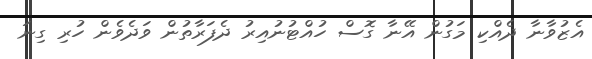
އެޒުވާނާ ދެއްކި މަގުން އޭނާ ގޮސް ހުއްޓުނުއިރު ދެފަރާތުން ވަދެވެން ހުރި ގިނަ